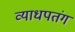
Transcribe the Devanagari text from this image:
व्याधपतंग